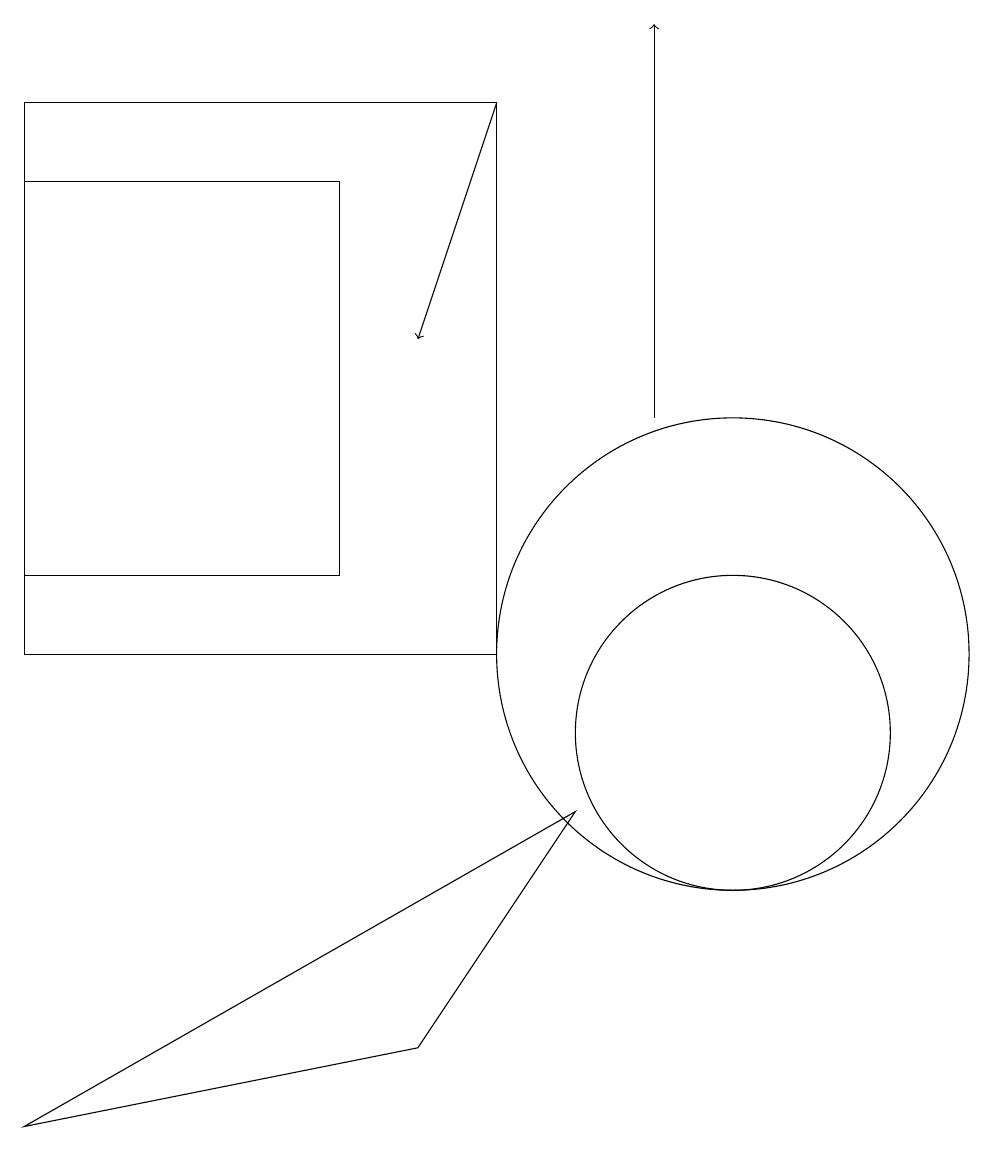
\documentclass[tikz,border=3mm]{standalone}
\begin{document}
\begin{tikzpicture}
\draw (1,17) rectangle (5,12);
\draw (10,10) circle (2);
\draw[->] (9,14) -- (9,19);
\draw[->] (7,18) -- (6,15);
\draw (10,11) circle (3);
\draw (1,5) -- (6,6) -- (8,9) -- cycle;
\draw (7,18) rectangle (1,11);
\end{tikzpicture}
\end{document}